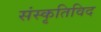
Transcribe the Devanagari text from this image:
संस्कृतिविद